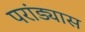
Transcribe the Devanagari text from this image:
परांड्यास